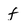
Character: f